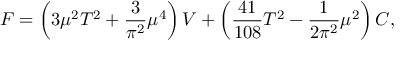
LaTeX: F = \left( 3 \mu ^ { 2 } T ^ { 2 } + { \frac { 3 } { \pi ^ { 2 } } } \mu ^ { 4 } \right) V + \left( { \frac { 4 1 } { 1 0 8 } } T ^ { 2 } - { \frac { 1 } { 2 \pi ^ { 2 } } } \mu ^ { 2 } \right) C ,